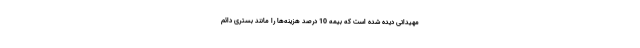
مهیداتی دیده شده است که بیمه 10 درصد هزینه‌ها را مانند بستری دائم